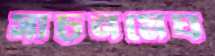
সাচনমেঘ